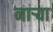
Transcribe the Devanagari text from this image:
नार्‍या